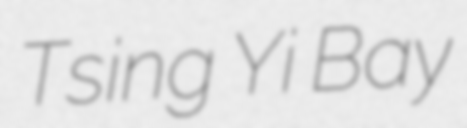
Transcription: Tsing Yi Bay